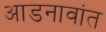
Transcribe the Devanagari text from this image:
आडनावांत